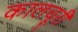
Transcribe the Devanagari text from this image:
कालचूरी